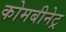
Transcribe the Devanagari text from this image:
कोमबीनेट्र